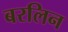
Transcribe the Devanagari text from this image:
बरलिन